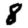
Digit: 8